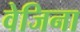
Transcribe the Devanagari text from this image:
वेजिना